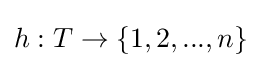
h:T\to \{1,2,...,n\}